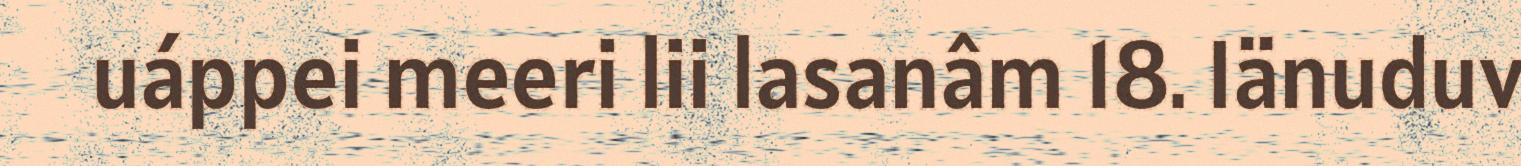
uáppei meeri lii lasanâm 18. Iänuduv